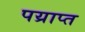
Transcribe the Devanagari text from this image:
पय्राप्त